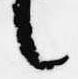
言